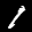
Digit: 8